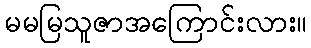
မမမြသူဇာအကြောင်းလား။